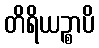
တိရိယဉ္စာပိ